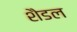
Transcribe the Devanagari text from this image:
शैडल